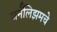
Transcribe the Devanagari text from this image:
जर्नॅलिझमचे